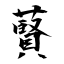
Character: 藖